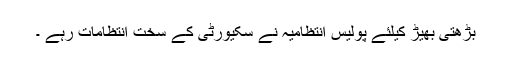
بڑھتی بھیڑ کیلئے پولیس انتظامیہ نے سکیورٹی کے سخت انتظامات رہے ۔